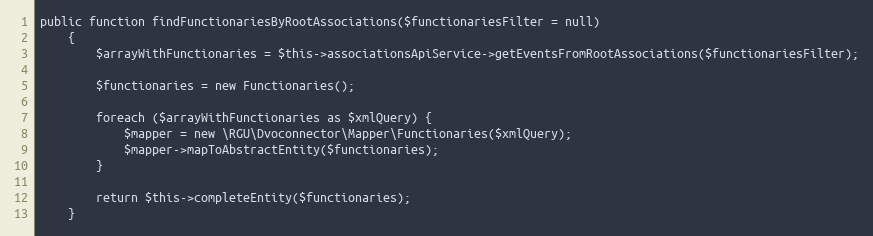
Language: PHP
public function findFunctionariesByRootAssociations($functionariesFilter = null)
    {
        $arrayWithFunctionaries = $this->associationsApiService->getEventsFromRootAssociations($functionariesFilter);

        $functionaries = new Functionaries();

        foreach ($arrayWithFunctionaries as $xmlQuery) {
            $mapper = new \RGU\Dvoconnector\Mapper\Functionaries($xmlQuery);
            $mapper->mapToAbstractEntity($functionaries);
        }

        return $this->completeEntity($functionaries);
    }